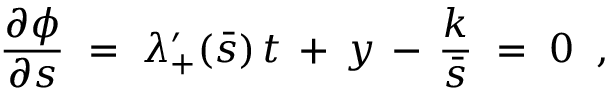
\frac { \partial \phi } { \partial s } \; = \; \lambda _ { + } ^ { \prime } ( \bar { s } ) \, t \, + \, y \, - \, \frac { k } { \bar { s } } \; = \; 0 \; \; ,